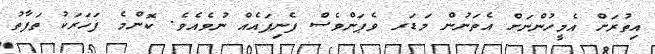
އިތުރަށް އެމީހުންނަށް އެތަނުން މަޑަރ ވެޕަންވެސް ފެނިފައެއް ނުވެއެވެ. ކޮންމެ ފަހަރަކު ތަފާތު